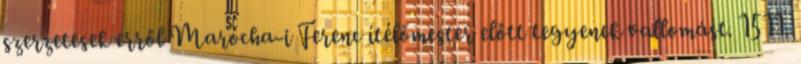
szerzetesek erről Marocha-i Ferenc ítélőmester előtt tegyenek vallomást. 1511.